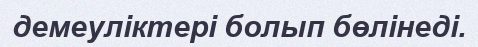
демеуліктері болып бөлінеді.